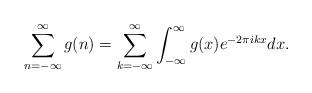
\begin{align*} \sum_{n=- \infty}^\infty g(n) = \sum_{k=- \infty}^\infty \int_{- \infty}^\infty g(x) e^{-2 \pi i k x} dx.\end{align*}